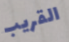
القريب